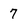
Character: 7